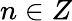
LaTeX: n\in Z